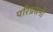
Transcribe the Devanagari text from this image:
परिग्रसनी